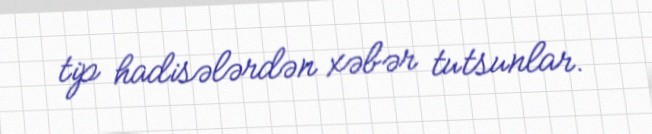
tip hadisələrdən xəbər tutsunlar.